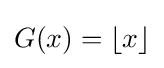
G(x)=\lfloor x\rfloor